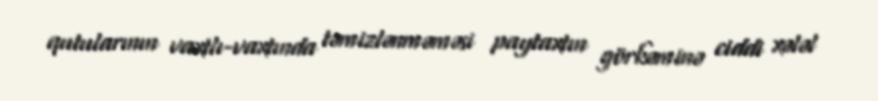
qutularının vaxtlı-vaxtında təmizlənməməsi paytaxtın görkəminə ciddi xələl